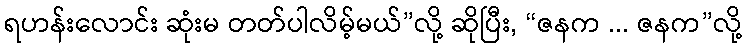
ရဟန်းလောင်း ဆုံးမ တတ်ပါလိမ့်မယ်”လို့ ဆိုပြီး, “ဇနက ... ဇနက”လို့